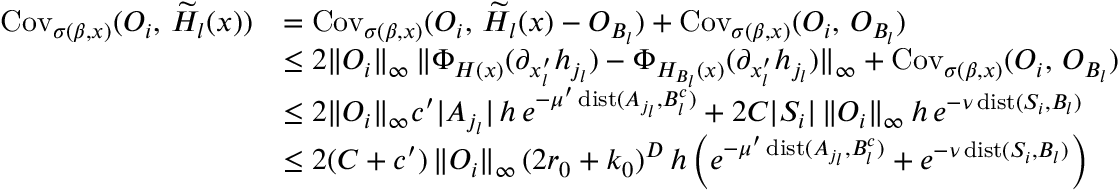
\begin{array} { r l } { \operatorname { C o v } _ { \sigma ( \beta , x ) } ( O _ { i } , \, \widetilde { H } _ { l } ( x ) ) } & { = \operatorname { C o v } _ { \sigma ( \beta , x ) } ( O _ { i } , \, \widetilde { H } _ { l } ( x ) - O _ { B _ { l } } ) + \operatorname { C o v } _ { \sigma ( \beta , x ) } ( O _ { i } , \, O _ { B _ { l } } ) } \\ & { \le 2 \| O _ { i } \| _ { \infty } \, \| \Phi _ { H ( x ) } ( \partial _ { x _ { l } ^ { \prime } } h _ { j _ { l } } ) - \Phi _ { H _ { B _ { l } } ( x ) } ( \partial _ { x _ { l } ^ { \prime } } h _ { j _ { l } } ) \| _ { \infty } + \operatorname { C o v } _ { \sigma ( \beta , x ) } ( O _ { i } , \, O _ { B _ { l } } ) } \\ & { \le 2 \| O _ { i } \| _ { \infty } c ^ { \prime } | A _ { j _ { l } } | \, h \, e ^ { - \mu ^ { \prime } \operatorname { d i s t } ( A _ { j _ { l } } , B _ { l } ^ { c } ) } + 2 C | S _ { i } | \, \| O _ { i } \| _ { \infty } \, h \, e ^ { - \nu \operatorname { d i s t } ( S _ { i } , B _ { l } ) } } \\ & { \le 2 ( C + c ^ { \prime } ) \, \| O _ { i } \| _ { \infty } \, ( 2 r _ { 0 } + k _ { 0 } ) ^ { D } \, h \, \Big ( e ^ { - \mu ^ { \prime } \operatorname { d i s t } ( A _ { j _ { l } } , B _ { l } ^ { c } ) } + e ^ { - \nu \operatorname { d i s t } ( S _ { i } , B _ { l } ) } \Big ) } \end{array}